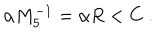
\alpha M _ { 5 } ^ { - 1 } = \alpha R < C \ .